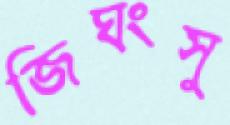
জিঘংসু